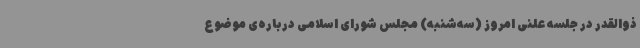
ذوالقدر در جلسه علنی امروز (سه‌شنبه) مجلس شورای اسلامی درباره‌ی موضوع